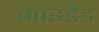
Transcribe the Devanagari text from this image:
माइंडेड